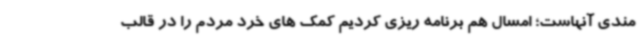
مندی آنهاست؛ امسال هم برنامه ریزی کردیم کمک های خرد مردم را در قالب